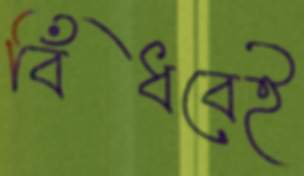
বিঁধবেই